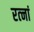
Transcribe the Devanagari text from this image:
रत्‍नां